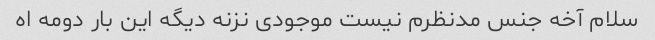
سلام آخه جنس مدنظرم نیست موجودی نزنه دیگه این بار دومه اه